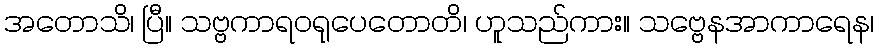
အတောသိ၊ ပြီ။ သဗ္ဗကာရဝရုပေတောတိ၊ ဟူသည်ကား။ သဗ္ဗေနအာကာရေန၊